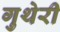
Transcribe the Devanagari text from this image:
गुथेरी